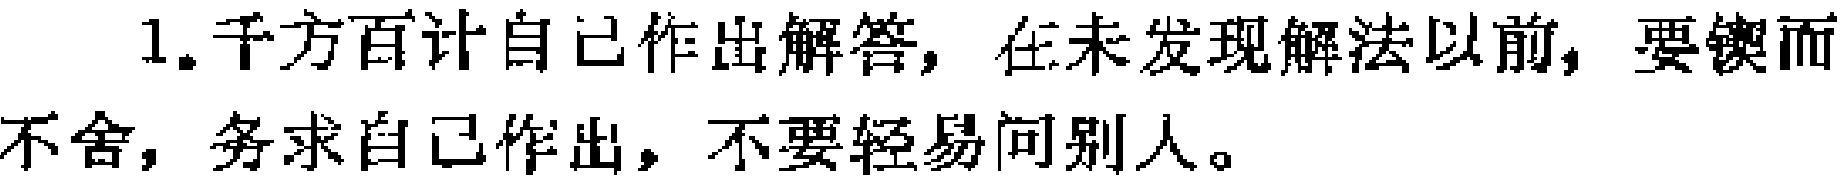
1.千方百计自己作出解答，在未发现解法以前，要锲而不舍，务求自己作出，不要轻易问别人。